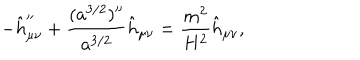
- \hat { h } _ { \mu \nu } ^ { \prime \prime } + { \frac { ( a ^ { 3 / 2 } ) ^ { \prime \prime } } { a ^ { 3 / 2 } } } \hat { h } _ { \mu \nu } = { \frac { m ^ { 2 } } { H ^ { 2 } } } \hat { h } _ { \mu \nu } ,